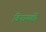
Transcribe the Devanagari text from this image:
विनायकी